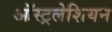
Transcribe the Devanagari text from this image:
ऑस्ट्रलेशियन